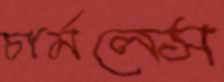
চার্মলেস